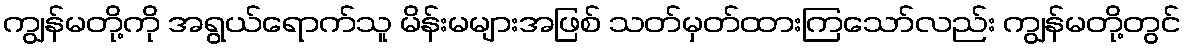
ကျွန်မတို့ကို အရွယ်ရောက်သူ မိန်းမများအဖြစ် သတ်မှတ်ထားကြသော်လည်း ကျွန်မတို့တွင်